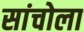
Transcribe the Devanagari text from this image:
सांचोला